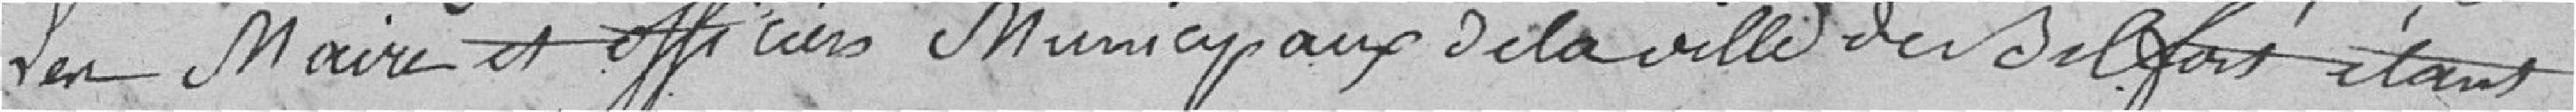
Les maire et officiers municipaux de la ville de Belfort étant